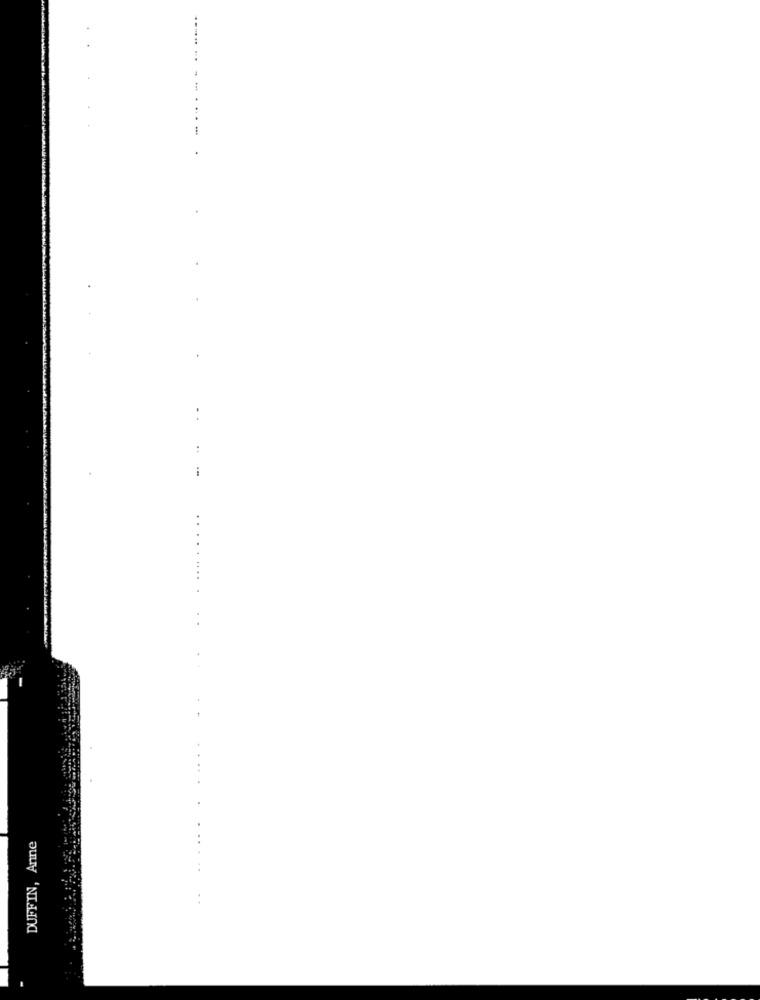
DUFFIN, Anne
. .....